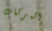
المركبات